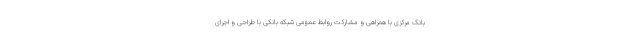
بانک مرکزی با همراهی و مشارکت روابط عمومی شبکه بانکی با طراحی و اجرای